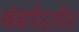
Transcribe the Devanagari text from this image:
खंडपीठातील